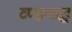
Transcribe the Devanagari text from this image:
व्प्छच्द्ध